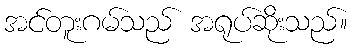
အင်တူးဂမ်သည် အရုပ်ဆိုးသည်။